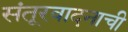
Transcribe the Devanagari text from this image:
संतूरवादनाची